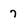
Character: 7